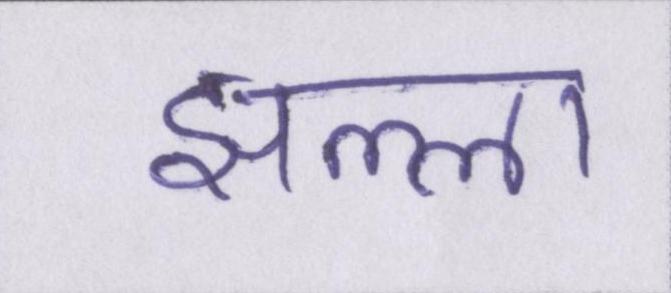
झल्ला